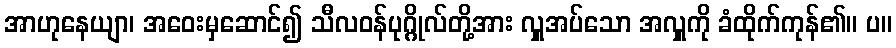
အာဟုနေယျာ၊ အဝေးမှဆောင်၍ သီလဝန်ပုဂ္ဂိုလ်တို့အား လှူအပ်သော အလှူကို ခံထိုက်ကုန်၏။ ပ။